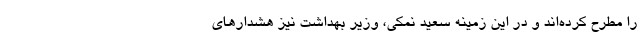
را مطرح کرده‌اند و در این زمینه سعید نمکی، وزیر بهداشت نیز هشدارهای